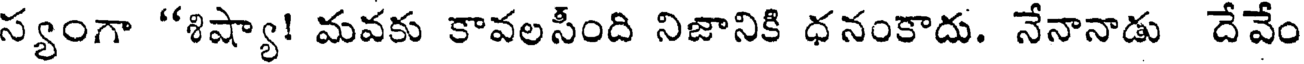
స్యంగా "శిష్యా! మవకు కావలసీంది నిజానికి ధనంకాదు. నేనానాడు దేవేం